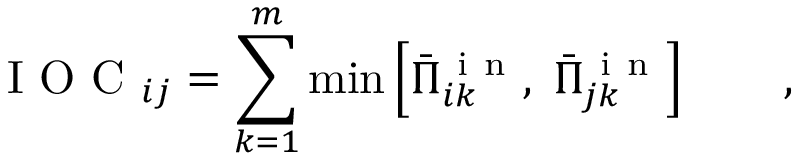
\mathrm { ~ I ~ O ~ C ~ } _ { i j } = \sum _ { k = 1 } ^ { m } \operatorname* { m i n } \left[ \bar { \Pi } _ { i k } ^ { \mathrm { ~ i ~ n ~ } } , \; \bar { \Pi } _ { j k } ^ { \mathrm { ~ i ~ n ~ } } \right] \qquad ,